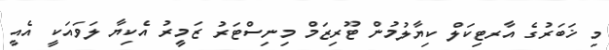
މި ޚަބަރުގެ އާރޓިކަލް ކިޔާލުމުން ޓޫރިޒަމް މިނިސްޓަރު ޒަމީރު އެކިޔާ ލަވައަކީ އެއީ